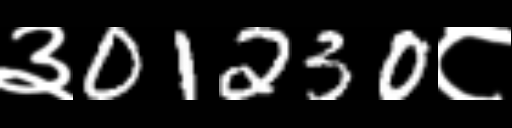
Text: ३01230८